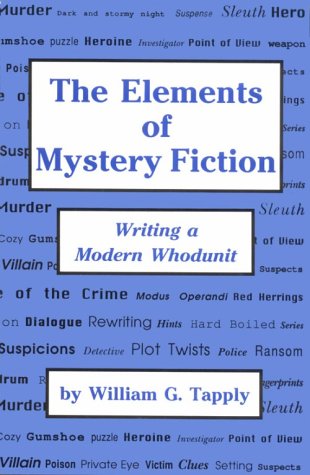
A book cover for The Elements of Mystery Fiction: Writing a Modern Whodunit; William G. Tapply; Mystery, Thriller & Suspense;